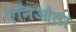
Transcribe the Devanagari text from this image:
एनिओला